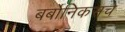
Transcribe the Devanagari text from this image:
बर्बोनिकसचे